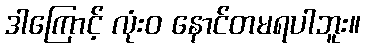
ဒါကြောင့် လုံးဝ နောင်တမရပါဘူး။